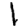
Digit: 1